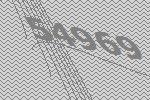
54969